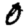
Digit: 0